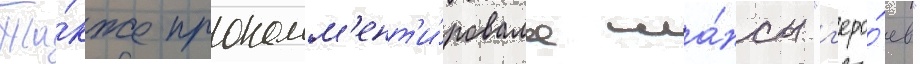
Та́кже прокомм'ент'и́ровала ша́нсы "г'еро́ев"